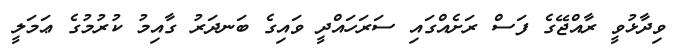
ވިދާޅުވީ ރާއްޖޭގެ ފަސް ރަށެއްގައި ސަރަހައްދީ ވައިގެ ބަނދަރު ގާއިމު ކުރުމުގެ ޢަމަލީ